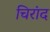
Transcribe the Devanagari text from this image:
चिरांद